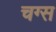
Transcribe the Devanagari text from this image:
चग्स